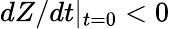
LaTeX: dZ/dt|_{t=0}<0